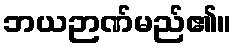
ဘယဉာဏ်မည်၏။